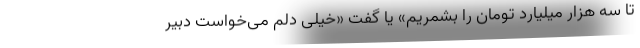
تا سه هزار میلیارد تومان را بشمریم» یا گفت «خیلی دلم می‌خواست دبیر